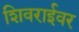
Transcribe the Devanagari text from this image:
शिवराईवर